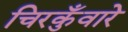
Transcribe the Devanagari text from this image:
चिरकुँवारे